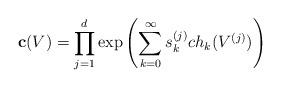
LaTeX: \begin{align*}\textbf{c}(V)=\prod\limits_{j=1}^{d}\exp\left(\sum\limits_{k=0}^{\infty}s_{k}^{(j)}ch_{k}(V^{(j)})\right)\end{align*}